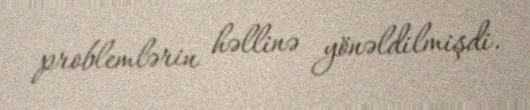
problemlərin həllinə yönəldilmişdi.